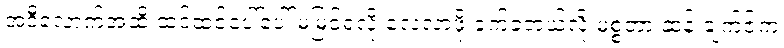
အဲဒီလောက်အထိ ထင်ထင်ပေါ်ပေါ် မမြင်ရလို့ လေ့လာဖို့ ခက်ခဲတယ်လို့ မစ္စတာ ဆန်းချက်ဇ်က